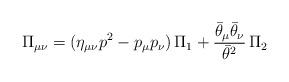
LaTeX: \begin{align*}\Pi_{\mu\nu} = (\eta_{\mu\nu} p^{2} - p_{\mu}p_{\nu})\, \Pi_{1} +\frac{\bar{\theta}_{\mu}\bar{\theta}_{\nu}}{\bar{\theta}^{2}}\,\Pi_{2}\end{align*}